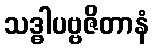
သဒ္ဓါပဗ္ဗဇိတာနံ